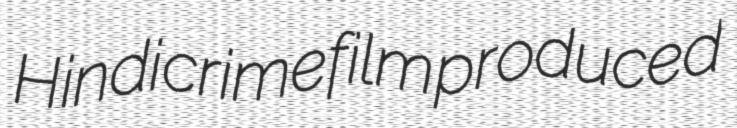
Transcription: Hindi crime film produced